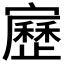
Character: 𡫯